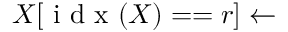
X [ \textrm { i d x } ( X ) = = r ] \leftarrow